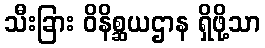
သီးခြား ဝိနိစ္ဆယဌာန ရှိဖို့သာ